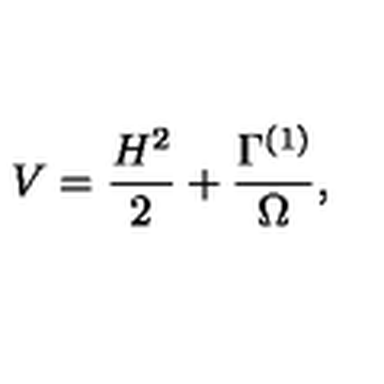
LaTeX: V = { \frac { H ^ { 2 } } { 2 } } + { \frac { \Gamma ^ { ( 1 ) } } { \Omega } } ,